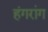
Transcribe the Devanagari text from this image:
हंगरांग